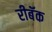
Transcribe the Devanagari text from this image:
रीबॅक